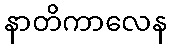
နာတိကာလေန